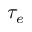
\tau _ { e }